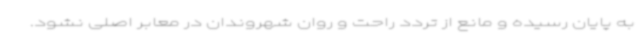
به پایان رسیده و مانع از تردد راحت و روان شهروندان در معابر اصلی نشود.